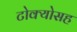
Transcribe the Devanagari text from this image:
टोक्योसह